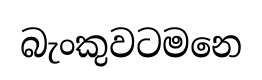
බැංකුවටමනෙ